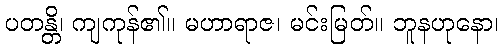
ပတန္တိ၊ ကျကုန်၏။ မဟာရာဇ၊ မင်းမြတ်။ ဘူနဟုနော၊